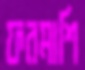
ফরমাশি